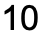
10